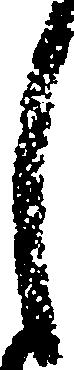
し